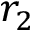
r _ { 2 }